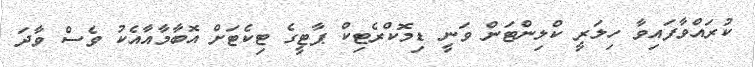
ކުރައްވާފައިވާ ހިލަރީ ކްލިންޓަން ވަނީ ޑިމޮކްރެޓިކް ޕާޓީގެ ޓިކެޓަށް އޮބާމާއާއެކު ވެސް ވާދަ